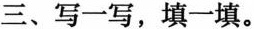
三、写一写，填一填。